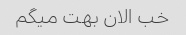
خب الان بهت میگم